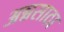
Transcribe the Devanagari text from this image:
अन्नसाठा